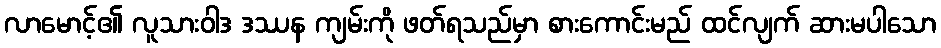
လာမောင့်၏ လူသားဝါဒ ဒဿန ကျမ်းကို ဖတ်ရသည်မှာ စားကောင်းမည် ထင်လျက် ဆားမပါသော